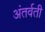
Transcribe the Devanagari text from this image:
अंतर्वती